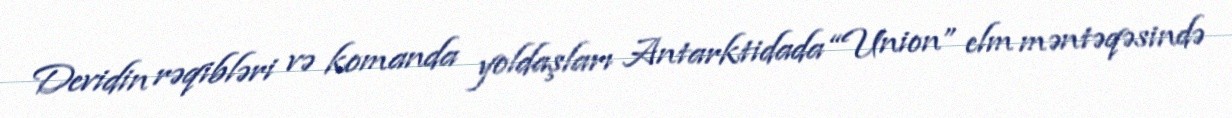
Devidin rəqibləri və komanda yoldaşları Antarktidada “Union” elm məntəqəsində